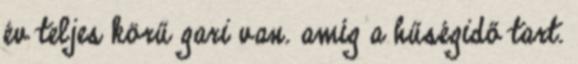
év teljes körű gari van. amíg a hűségidő tart.